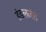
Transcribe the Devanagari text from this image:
इंडलजंस